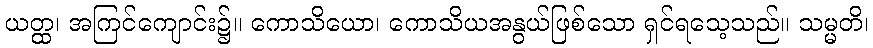
ယတ္ထ၊ အကြင်ကျောင်း၌။ ကောသိယော၊ ကောသိယအနွယ်ဖြစ်သော ရှင်ရသေ့သည်။ သမ္မတိ၊